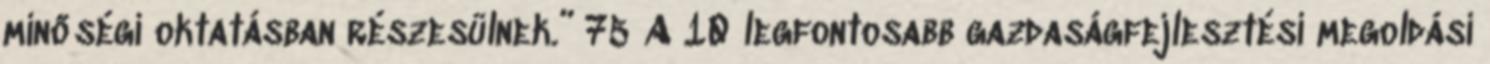
minőségi oktatásban részesülnek.” 75 A 10 legfontosabb gazdaságfejlesztési megoldási